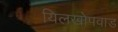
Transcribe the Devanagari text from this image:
यिलखोपवाड